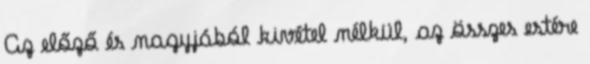
Az előző és nagyjából kivétel nélkül, az összes estére